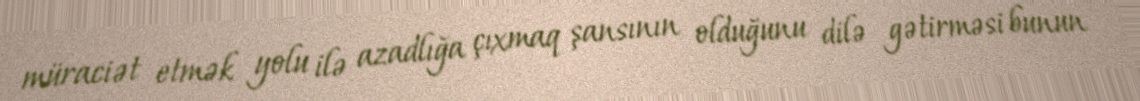
müraciət etmək yolu ilə azadlığa çıxmaq şansının olduğunu dilə gətirməsi bunun